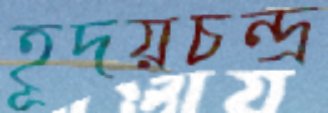
হূদয়চন্দ্র